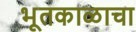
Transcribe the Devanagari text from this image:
भूतकाळाचा